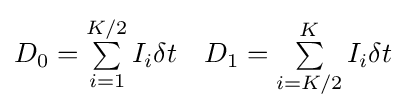
{\begin{matrix}{{D}_{0}}=\sum \limits _{i=1}^{K/2}{{{I}_{i}}\delta t}&{{D}_{1}}=\sum \limits _{i=K/2}^{K}{{{I}_{i}}\delta t}\\\end{matrix}}